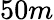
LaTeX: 50m